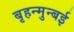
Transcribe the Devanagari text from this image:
बृहन्मुन्बई